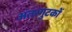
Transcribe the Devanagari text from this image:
अंतरगुटकों